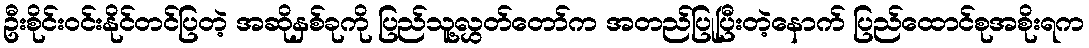
ဦးစိုင်းဝင်းနိုင်တင်ပြတဲ့ အဆိုနှစ်ခုကို ပြည်သူ့လွှတ်တော်က အတည်ပြုပြီးတဲ့နောက် ပြည်ထောင်စုအစိုးရက